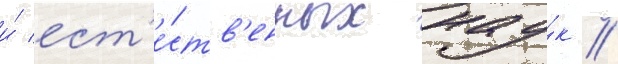
и́ ест'е́ств'енных нау́к //